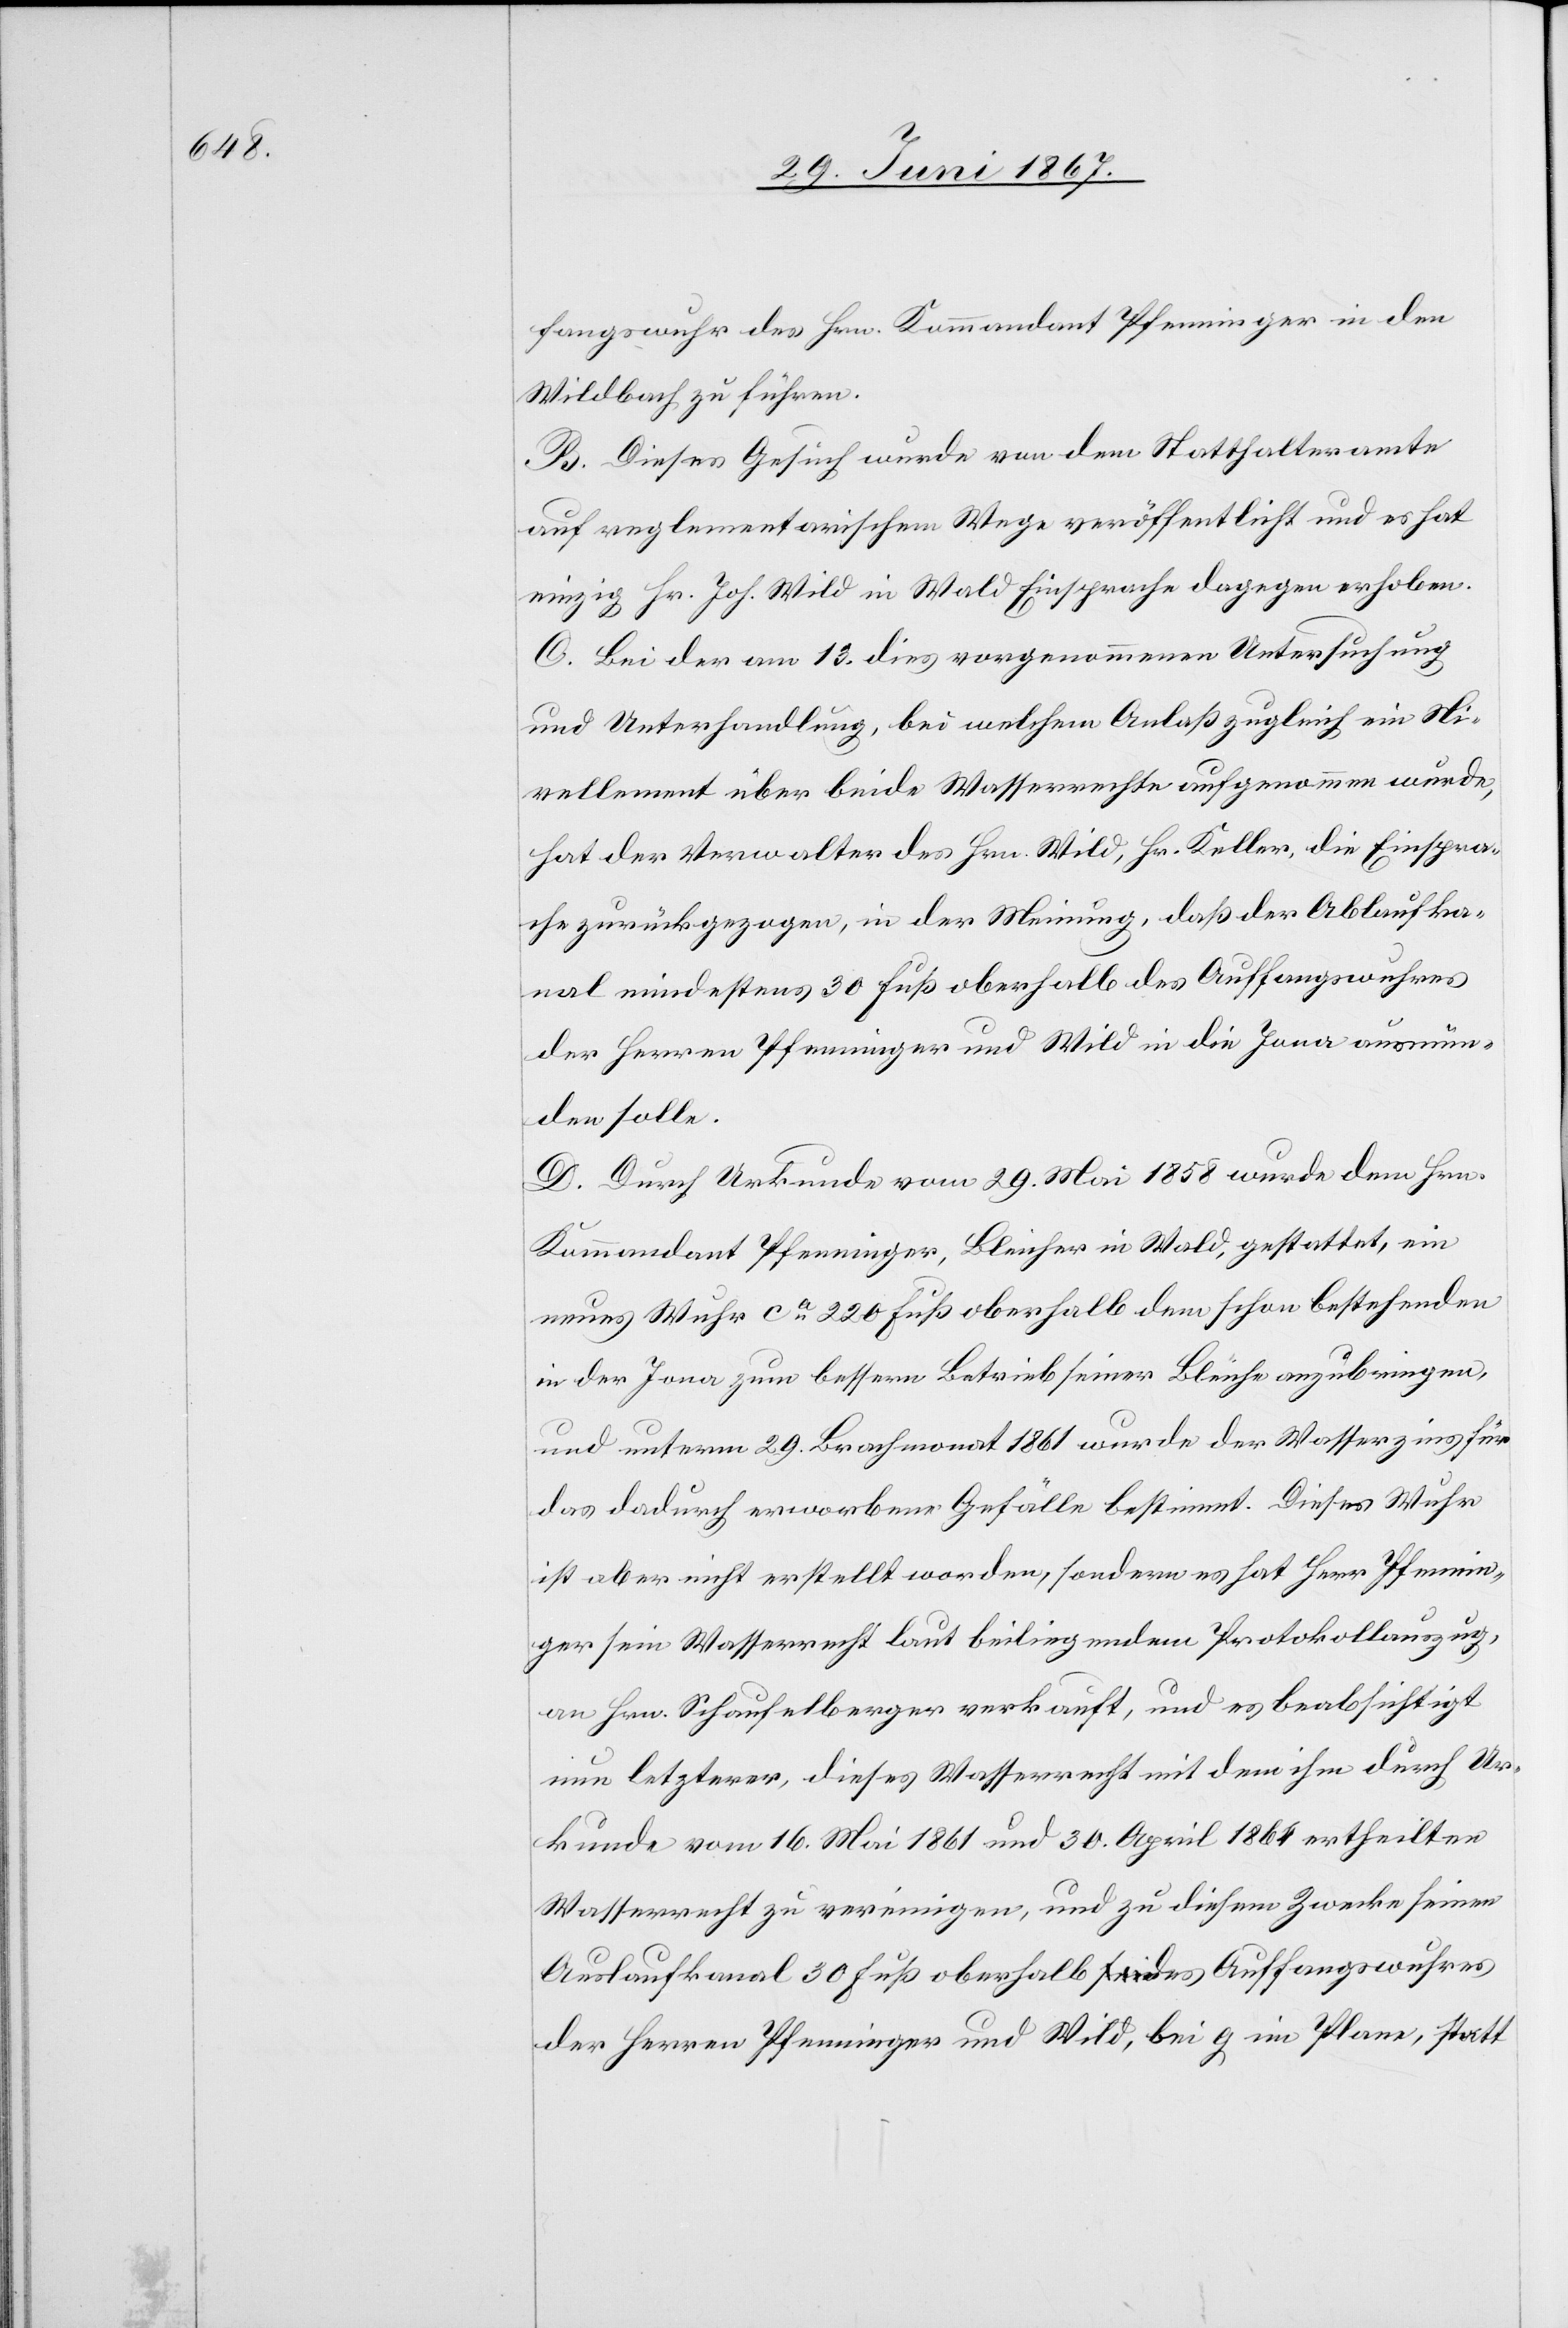
fangswuhre des Hrn. Kommandant Pfenninger in den
Wildbach zu führen.
B. Dieses Gesuch wurde von dem Statthalteramte
auf reglementarischem Wege veröffentlicht und es hat
einzig Hr. Joh. Wild in Wald Einsprache dagegen erhoben.
C. Bei der am 13. dies vorgenommenen Untersuchung
und Unterhandlung, bei welchem Anlaß zugleich ein Ni¬
vellement über beide Wasserrechte aufgenommen wurde,
hat der Verwalter des Hrn. Wild, Hr. Keller, die Einspra¬
che zurückgezogen, in der Meinung, daß der Ablaufka¬
nal mindestens 30 Fuß oberhalb des Auffangswuhres
der Herren Pfenninger und Wild in die Jona ausmün¬
den solle.
D. Durch Urkunde vom 29. Mai 1858 wurde dem Hrn.
Kommandant Pfenninger, Bleicher in Wald, gestattet, ein
neues Wuhr ca. 220 Fuß oberhalb dem schon bestehenden
in der Jona zum bessern Betrieb seiner Bleich anzubringen,
und unterm 29. Brachmonat 1861 wurde der Wasserzins für
das dadurch erworbene Gefälle bestimmt. Dieses Wuhr
ist aber nicht erstellt worden, sondern es hat Herr Pfennin¬
ger sein Wasserrecht laut beiliegendem Protokollauszug,
an Hrn. Schaufelberger verkauft, und es beabsichtigt
nun letzterer, dieses Wasserrecht mit dem ihm durch Ur¬
kunde vom 16. Mai 1861 und 30. April 1864 ertheilten
Wasserrecht zu vereinigen, und zu diesem Zwecke seinen
Auslaufkanal 30 Fuß oberhalb des Auffangswuhres
der Herren Pfenninger und Wild, bei g im Plane, statt